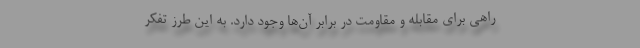
راهی برای مقابله و مقاومت در برابر آن‌ها وجود دارد. به این طرز تفکر